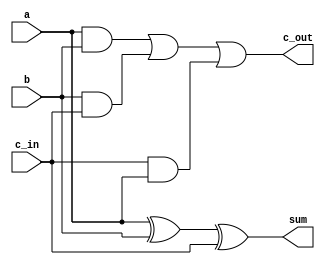
module FA (
  sum,
  c_out,
  a,
  b,
  c_in
);
  output sum;
  output c_out;
  input a, b;
  input c_in;

  assign sum = (a ^ b) ^ c_in;
  assign c_out = (a & b) | (b & c_in) | (c_in & a);
endmodule

module adder_structure (
  s,
  co,
  a,
  b,
  ci
);
  parameter width = 32;
  output [width-1:0] s;
  output co;
  input [width-1:0] a, b;
  input ci;
  wire [width:0] c;
  assign c[0] = ci;

  genvar i;
  generate
    for (i = 0; i < width; i = i + 1) begin : FA_loop  // block named FA_loop
      FA f (
        s[i],
        c[i+1],
        a[i],
        b[i],
        c[i]
      );
    end
  endgenerate
  assign co = c[width];
endmodule